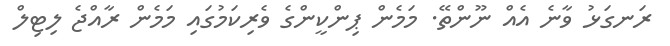
ރަނގަޅު ވާނެ އެއް ނޫންތޭ. މަމެން ޕިންކީންގެ ވެރިކަމުގައި މަމެން ރާއްޖެ ލިޓިލް